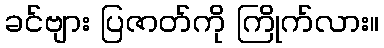
ခင်ဗျား ပြဇာတ်ကို ကြိုက်လား။